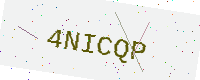
Text: 4NICQP